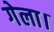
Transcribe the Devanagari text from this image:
गेला।